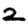
Digit: 2